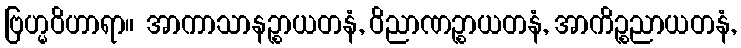
ဗြဟ္မဝိဟာရာ။ အာကာသာနဉ္စာယတနံ, ဝိညာဏဉ္စာယတနံ, အာကိဉ္စညာယတနံ,